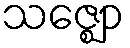
သဇ္ဈော